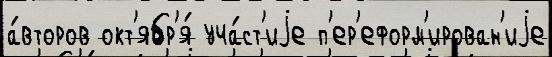
а́второв окт'ябр'я́ уча́ст'иjе п'ер'еформ'ирован'иjе